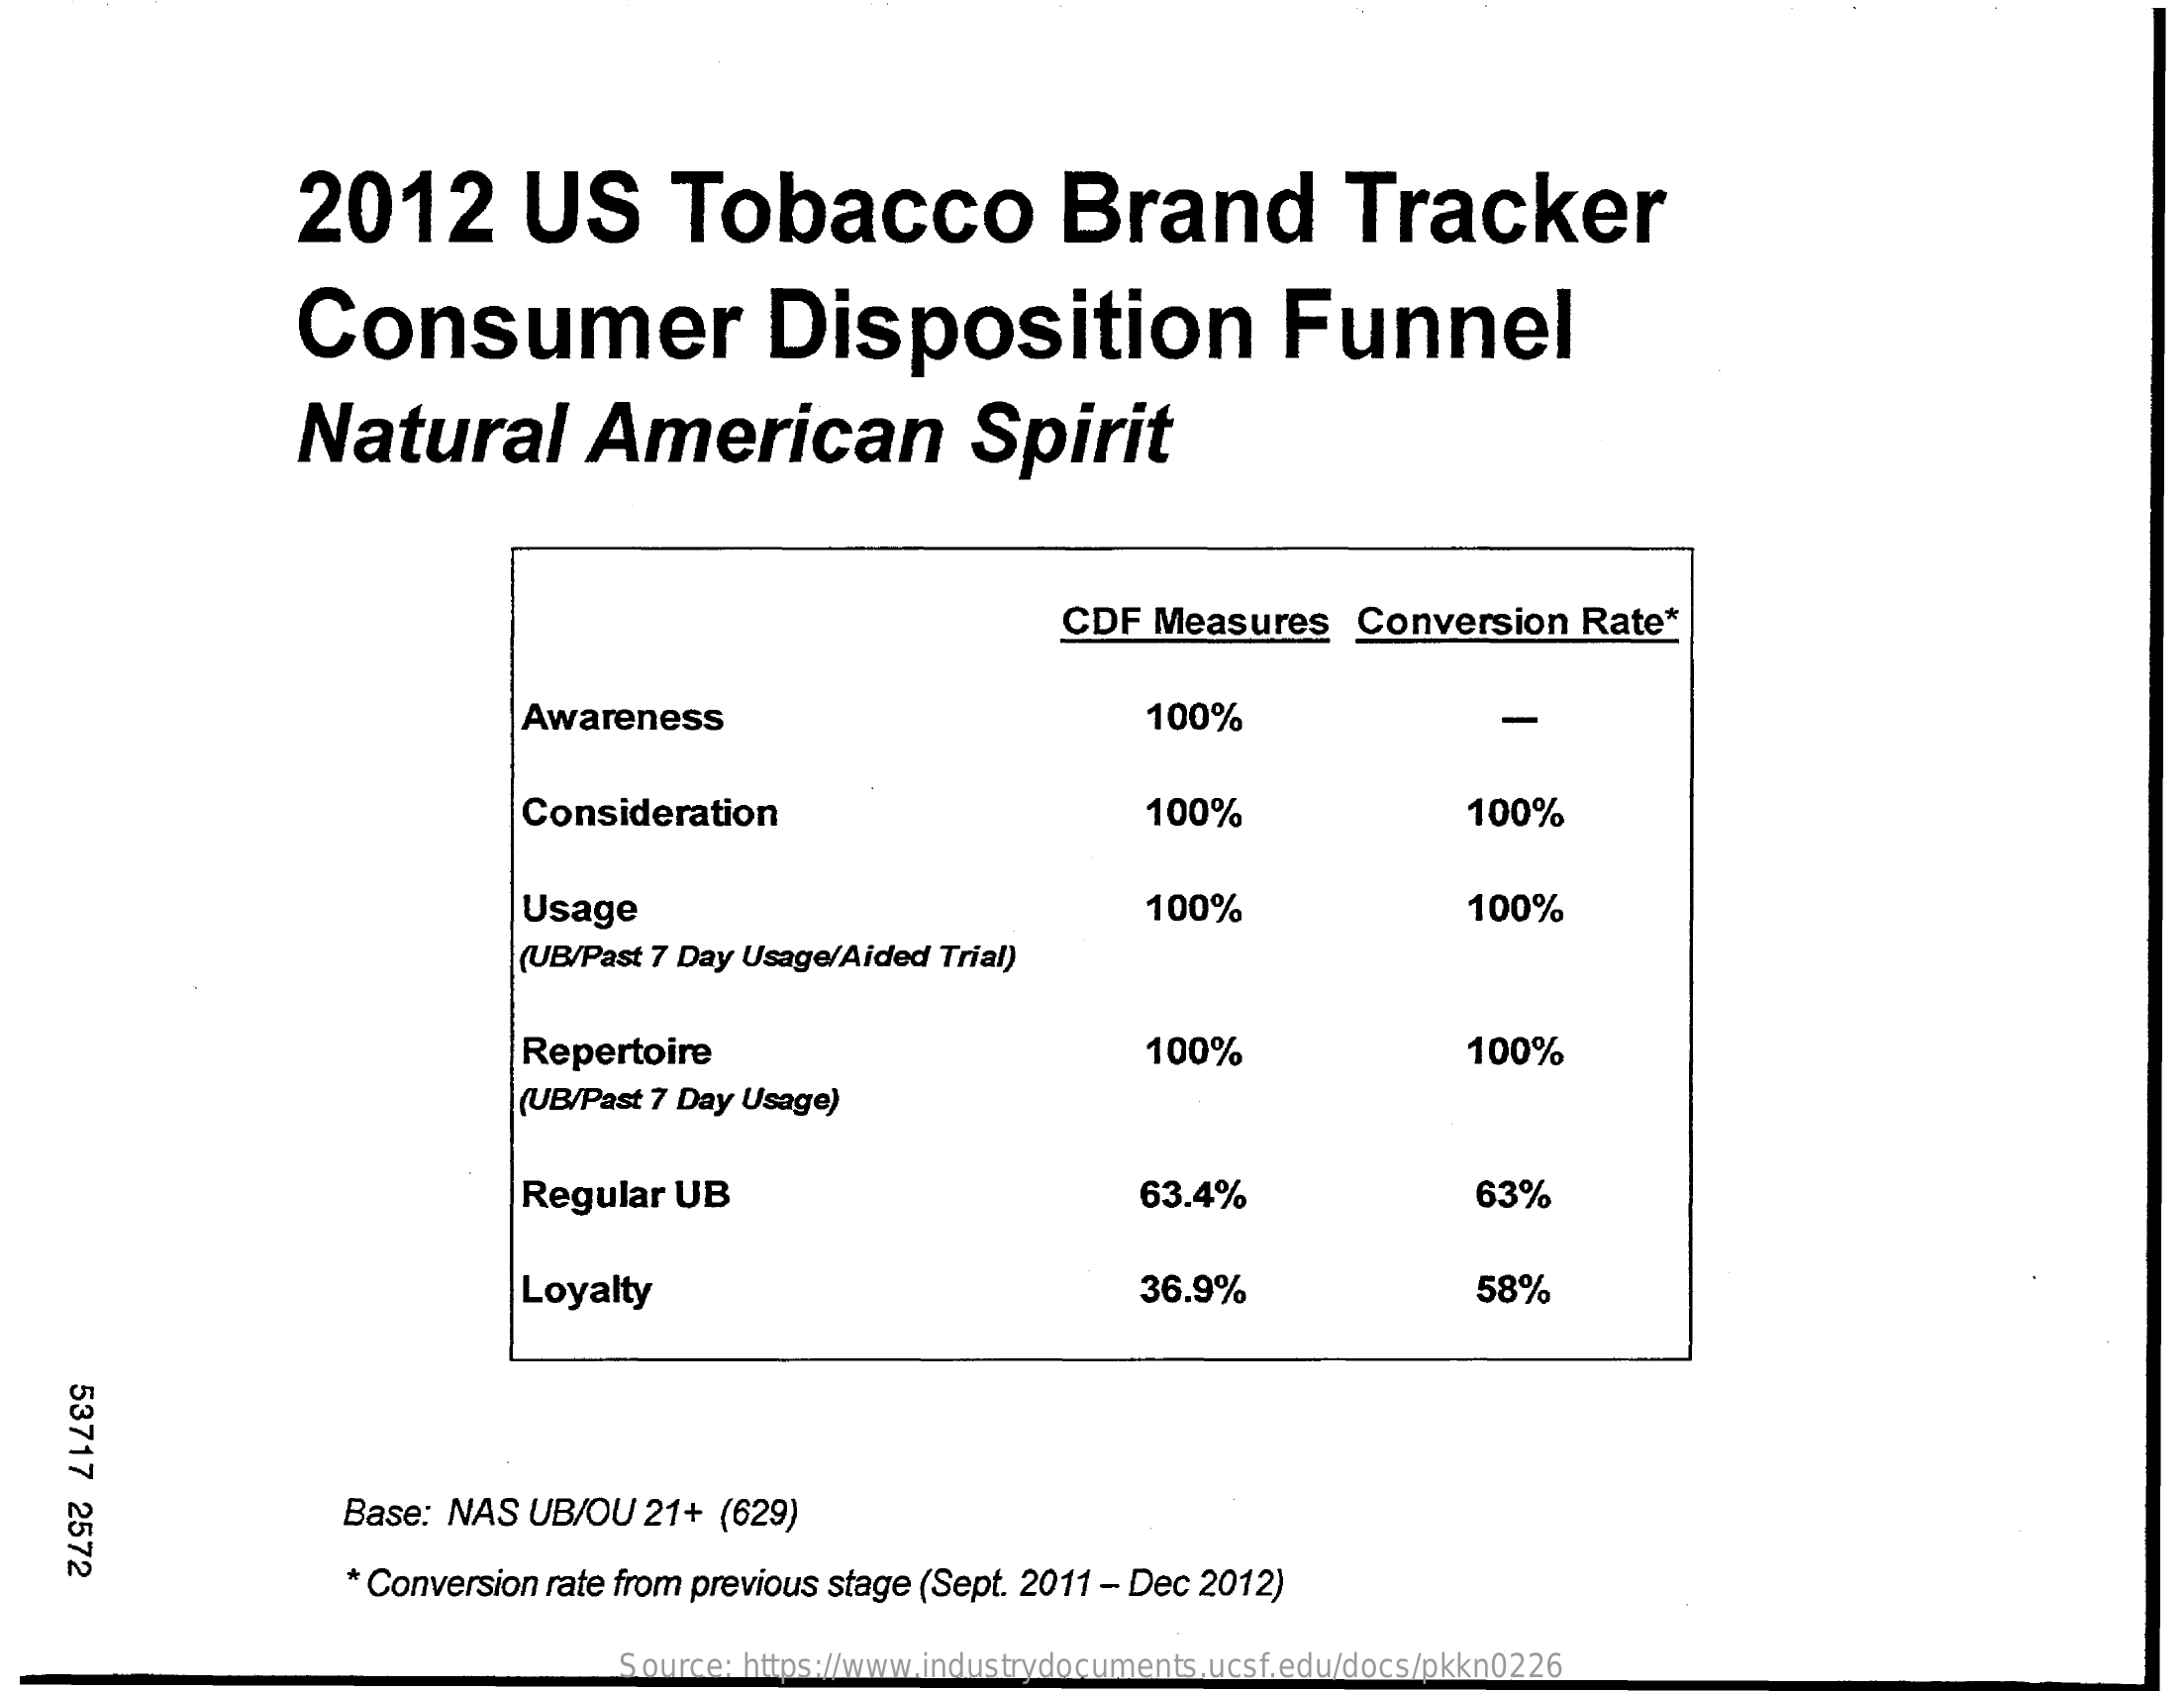
2012    US    Tobacco    Brand    Tracker
     Consumer    Disposition    Funnel
     Natural    American    Spirit
     CDF  Measures    Conversion    Rate*
     Awareness    100%
     Consideration    100%    100%
     Usage    100%    100%
     (UB/Past 7 Day Usage/Aided Trial)
     Repertoire    100%    100%
     (UB/Past 7 Day Usage)
     Regular  UB    63.4%    63%
     Loyalty    36.9%    58%
     53717
    2572
     Base: NAS  UB/OU   21+ (629)
     * Conversion rate from previous stage (Sept. 2011 - Dec 2012)
     Source: https://www.industrydocuments.ucsf.edu/docs/pkkn0226